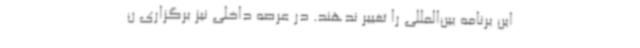
این برنامه بین‌المللی را تغییر ندهند. در عرصه داخلی نیز برگزاری ن